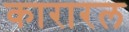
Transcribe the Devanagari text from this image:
कारारल